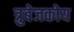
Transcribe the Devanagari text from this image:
त्रुबेजकोय